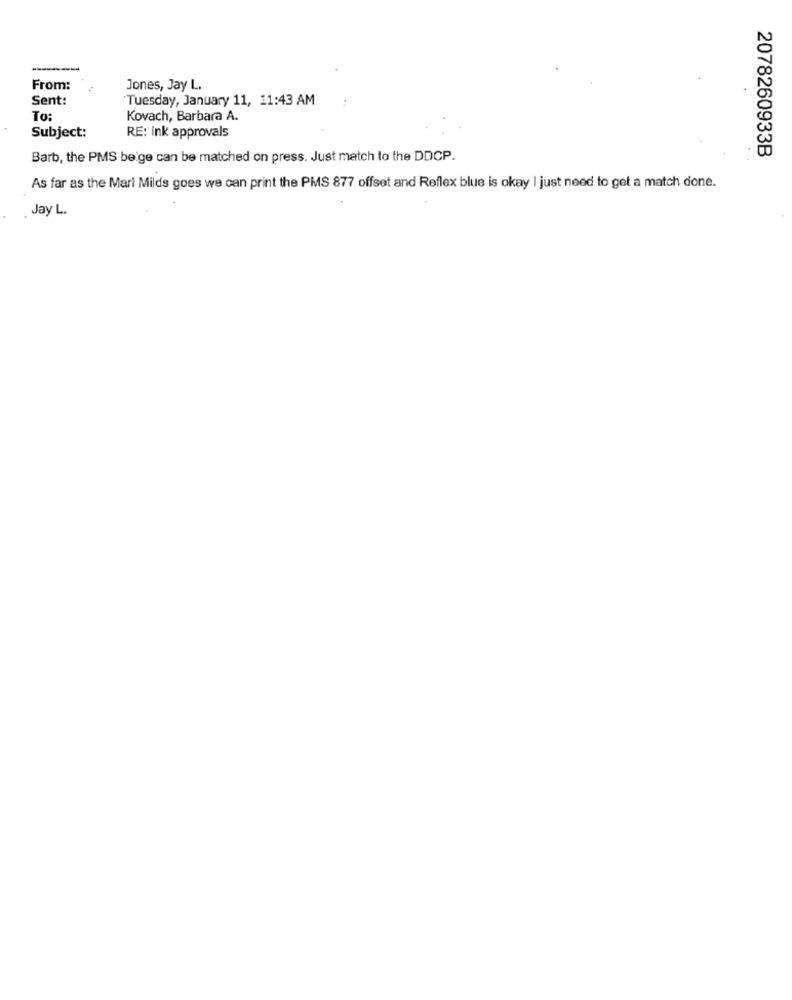
-
From:
Jones, Jay L.
Sent:
Tuesday, January 11, 11:43 AM
To:
Kovach, Barbara A.
RE: ink approvals
Subject:
2078260933B
Barb, the PMS beige can be matched on press. Just match to the DDCP.
As far as the Marl Milds goes we can print the PMS 877 offset and Reflex blue is okay I just need to get a match done.
Jay L.